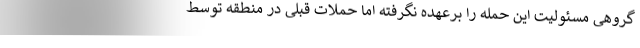
گروهی مسئولیت این حمله را برعهده نگرفته اما حملات قبلی در منطقه توسط